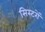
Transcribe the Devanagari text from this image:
सिस्टरों